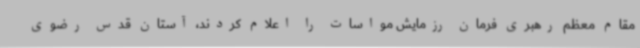
مقام معظم رهبری فرمان رزمایش مواسات را اعلام کردند، آستان قدس رضوی